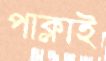
পাক্‌লাই